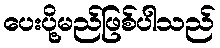
ပေးပို့မည်ဖြစ်ပါသည်